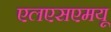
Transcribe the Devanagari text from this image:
एलएसएमयू